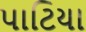
પાટિયા